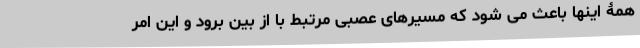
همۀ اینها باعث می شود که مسیرهای عصبی مرتبط با از بین برود و این امر